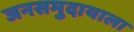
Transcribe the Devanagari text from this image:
जनसमुदायाला